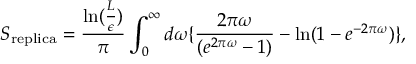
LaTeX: S _ { \mathrm { r e p l i c a } } = { \frac { \mathrm { l n } ( { \frac { L } { \epsilon } } ) } { \pi } } \int _ { 0 } ^ { \infty } d \omega \{ { \frac { 2 \pi \omega } { ( e ^ { 2 \pi \omega } - 1 ) } } - \mathrm { l n } ( 1 - e ^ { - 2 \pi \omega } ) \} ,